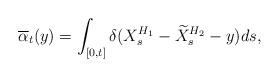
LaTeX: \begin{align*}\overline{\alpha}_t(y)&=\int_{[0,t]}\delta(X^{H_1}_s-\widetilde{X}^{H_2}_s-y)ds,\end{align*}